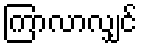
ကြာလာလျှင်